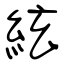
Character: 絃